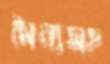
সৈন্যসহ